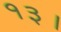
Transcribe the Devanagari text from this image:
१३।